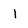
Character: 1